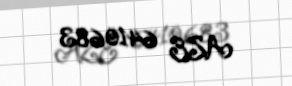
AZE 6410683